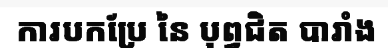
ការបកប្រែ នៃ បុព្វជិត បារាំង